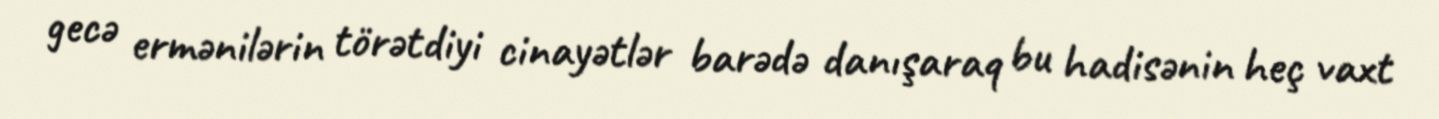
gecə ermənilərin törətdiyi cinayətlər barədə danışaraq bu hadisənin heç vaxt